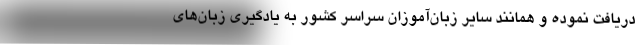
دریافت نموده و همانند سایر زبان‌آموزان سراسر کشور به یادگیری زبان‌های